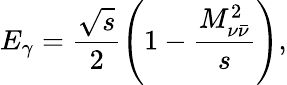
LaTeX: E_{\gamma}=\frac{\sqrt{s}}{2}\left(1-\frac{M_{\nu\bar{\nu}}^{2}}{s}\right),